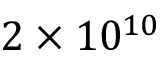
2 \times 1 0 ^ { 1 0 }